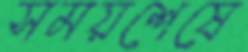
সময়শেষে